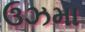
ઉઝમા